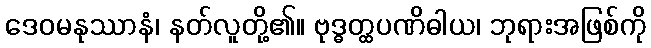
ဒေဝမနုဿာနံ၊ နတ်လူတို့၏။ ဗုဒ္ဓတ္ထပဏိဓါယ၊ ဘုရားအဖြစ်ကို